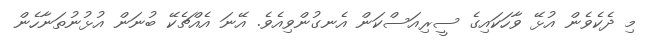
މި ދެކެވެން އުޅޭ ވާހަކައިގެ ސީރިއަސްކަން އެނގުންވިއެވެ. އޭނަ އެއްޗެކޭ ބުނަން އުޅުނުތަނާހެން